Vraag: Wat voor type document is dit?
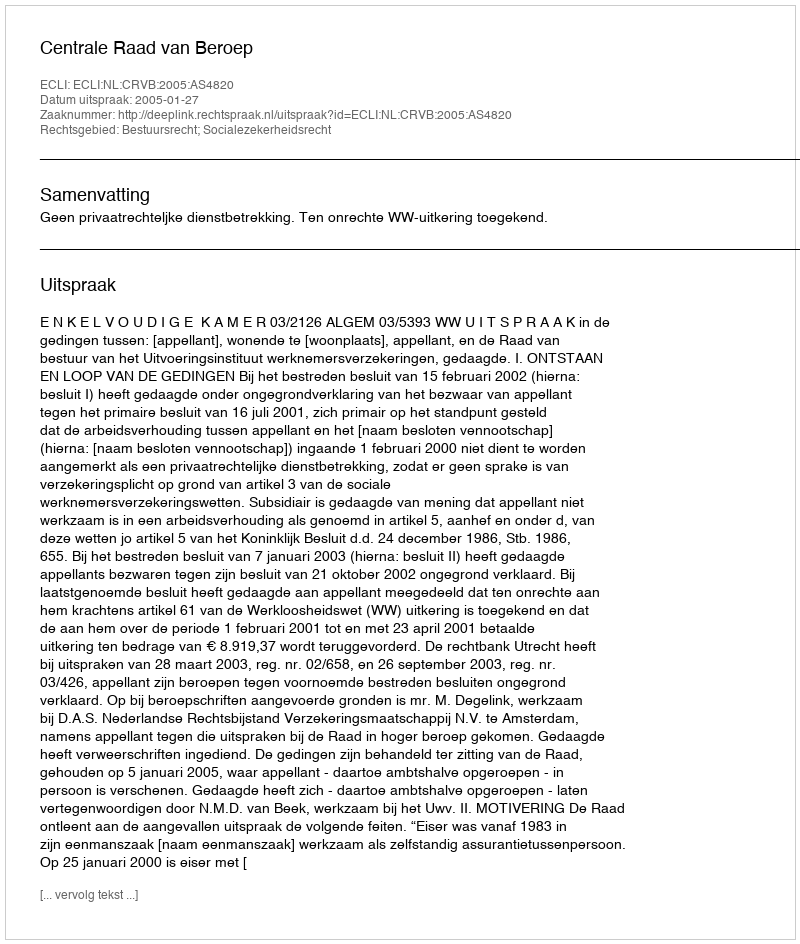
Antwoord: Uitspraak